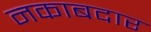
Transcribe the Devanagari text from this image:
नकाबदार